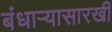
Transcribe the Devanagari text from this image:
बंधार्‍यासारखी